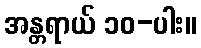
အန္တရာယ် ၁၀-ပါး။